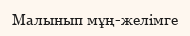
Малынып мұң-желімге